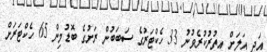
އަދި އަލަށް އިތުރުކުރެވުނު 33 ހެކްޓަރުގެ ސަބަބުން ރަށުގެ ބޮޑުމިން 65 ހެކްޓަރަށް